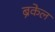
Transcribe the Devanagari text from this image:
ब्रेकेल